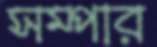
সম্পার